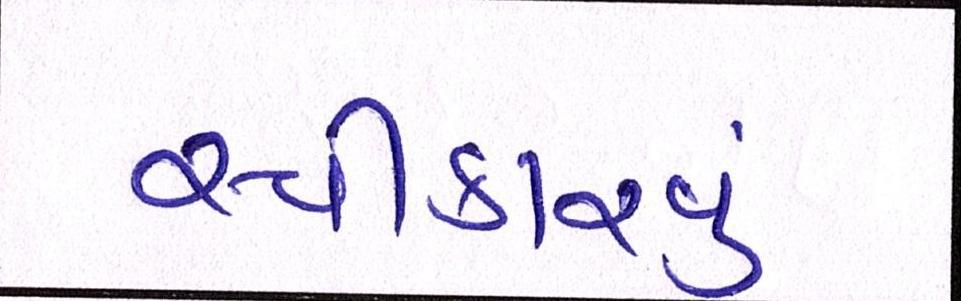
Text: સ્વીકારવું